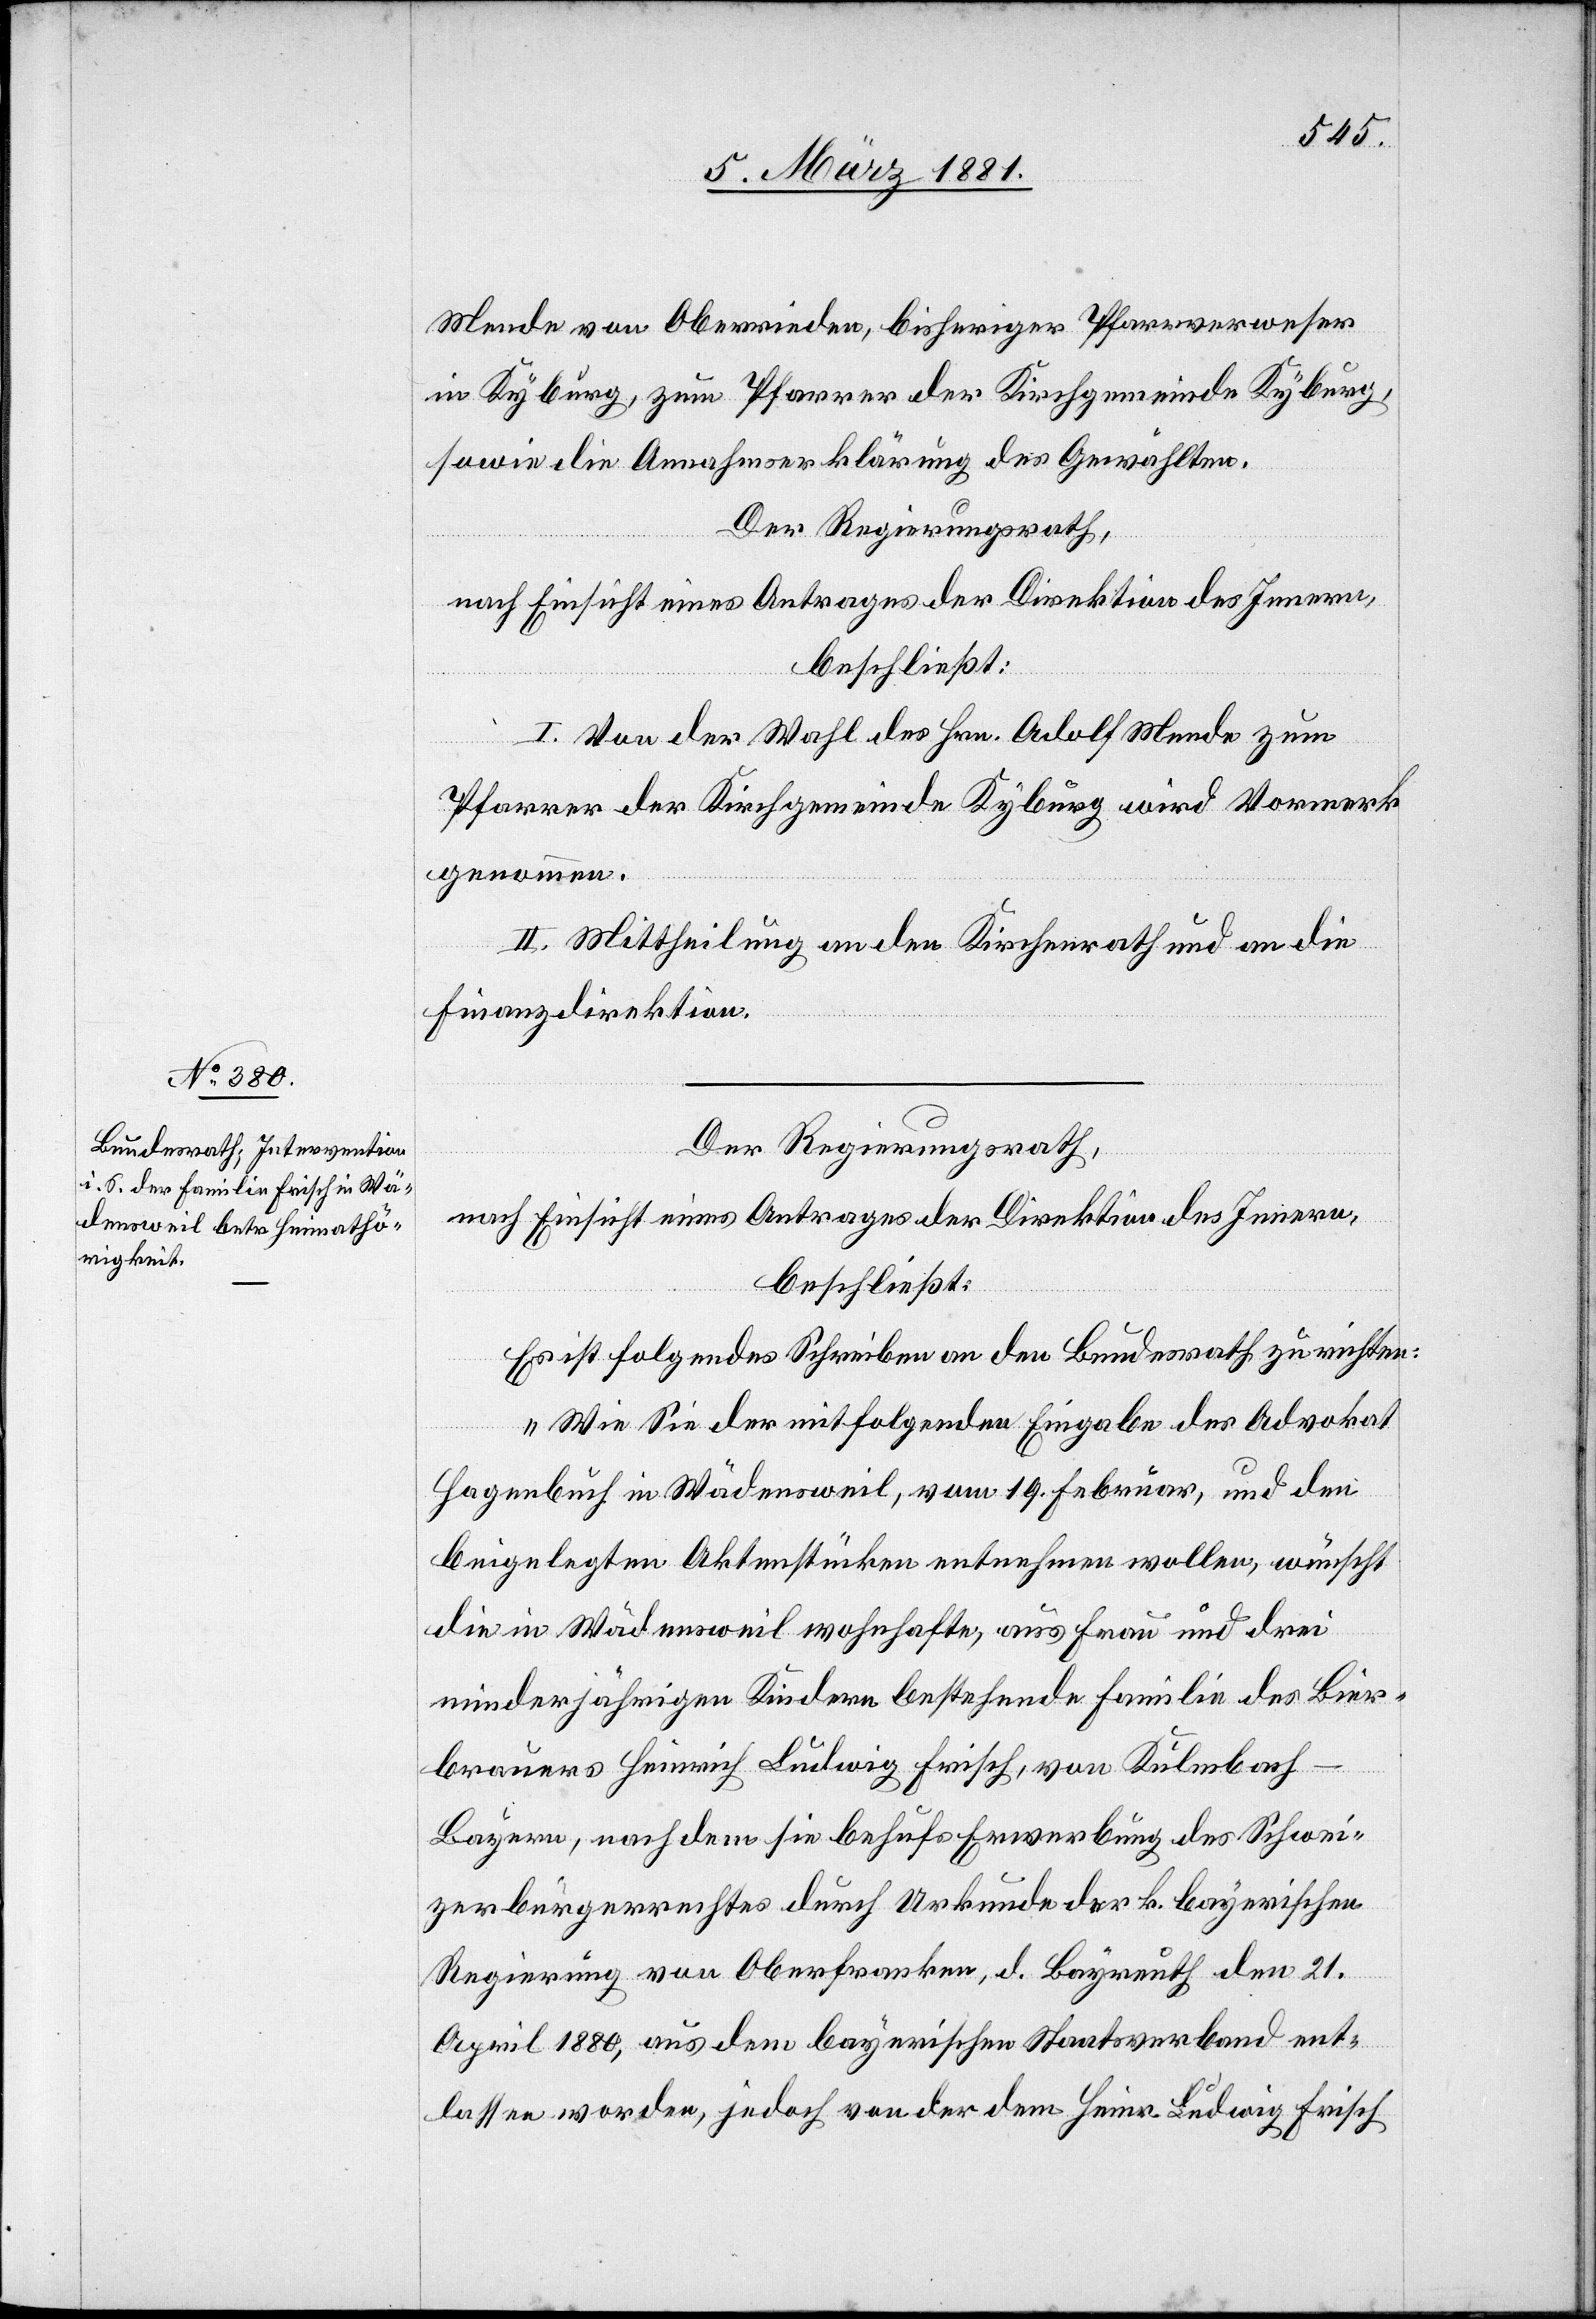
Mende von Oberrieden, bisheriger Pfarrverweser
in Kyburg, zum Pfarrer der Kirchgemeinde Kyburg,
sowie die Annahmserklärung des Gewählten.
Der Regierungsrath,
nach Einsicht eines Antrages der Direktion des Innern,
beschließt:
I. Von der Wahl des Hrn. Adolf Mende zum
Pfarrer der Kirchgemeinde Kyburg wird Vormerk
genommen.
II. Mittheilung an den Kirchenrath und an die
Finanzdirektion.
Der Regierungsrath,
nach Einsicht eines Antrages der Direktion des Innern,
beschließt:
Es ist folgendes Schreiben an den Bundesrath zu richten:
„Wie Sie der mitfolgenden Eingabe des Advokat
Hagenbuch in Wädensweil, vom 10. Februar, und den
beigelegten Aktenstücken entnehmen wollen, wünscht
die in Wädensweil wohnhafte, aus Frau und drei
minderjährigen Kindern bestehende Familie des Bier¬
brauers Heinrich Ludwig Frisch, von Kulmbach
Bayern, nachdem sie behufs Erwerbung des Schwei¬
zerbürgerrechtes durch Urkunde der k. bayerischen
Regierung von Oberfranken, d. Bayreuth den 21.
April 1880, aus dem bayerischen Staatsverband ent¬
lassen worden, jedoch von der dem Heinr. Ludwig Frisch